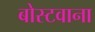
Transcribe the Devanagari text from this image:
बोस्टवाना